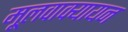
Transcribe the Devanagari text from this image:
मूलवाक्यायन